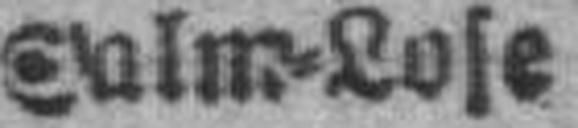
Salm=Lose